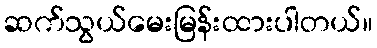
ဆက်သွယ်မေးမြန်းထားပါတယ်။